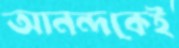
আনন্দকেই